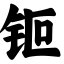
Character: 钷